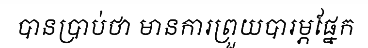
បានប្រាប់ថា មានការព្រួយបារម្ភផ្នែក